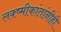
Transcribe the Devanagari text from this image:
लक्ष्मीकांतांनीही